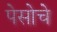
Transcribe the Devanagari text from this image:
पेसोचे